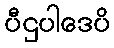
ပီဌပါဒေပိ